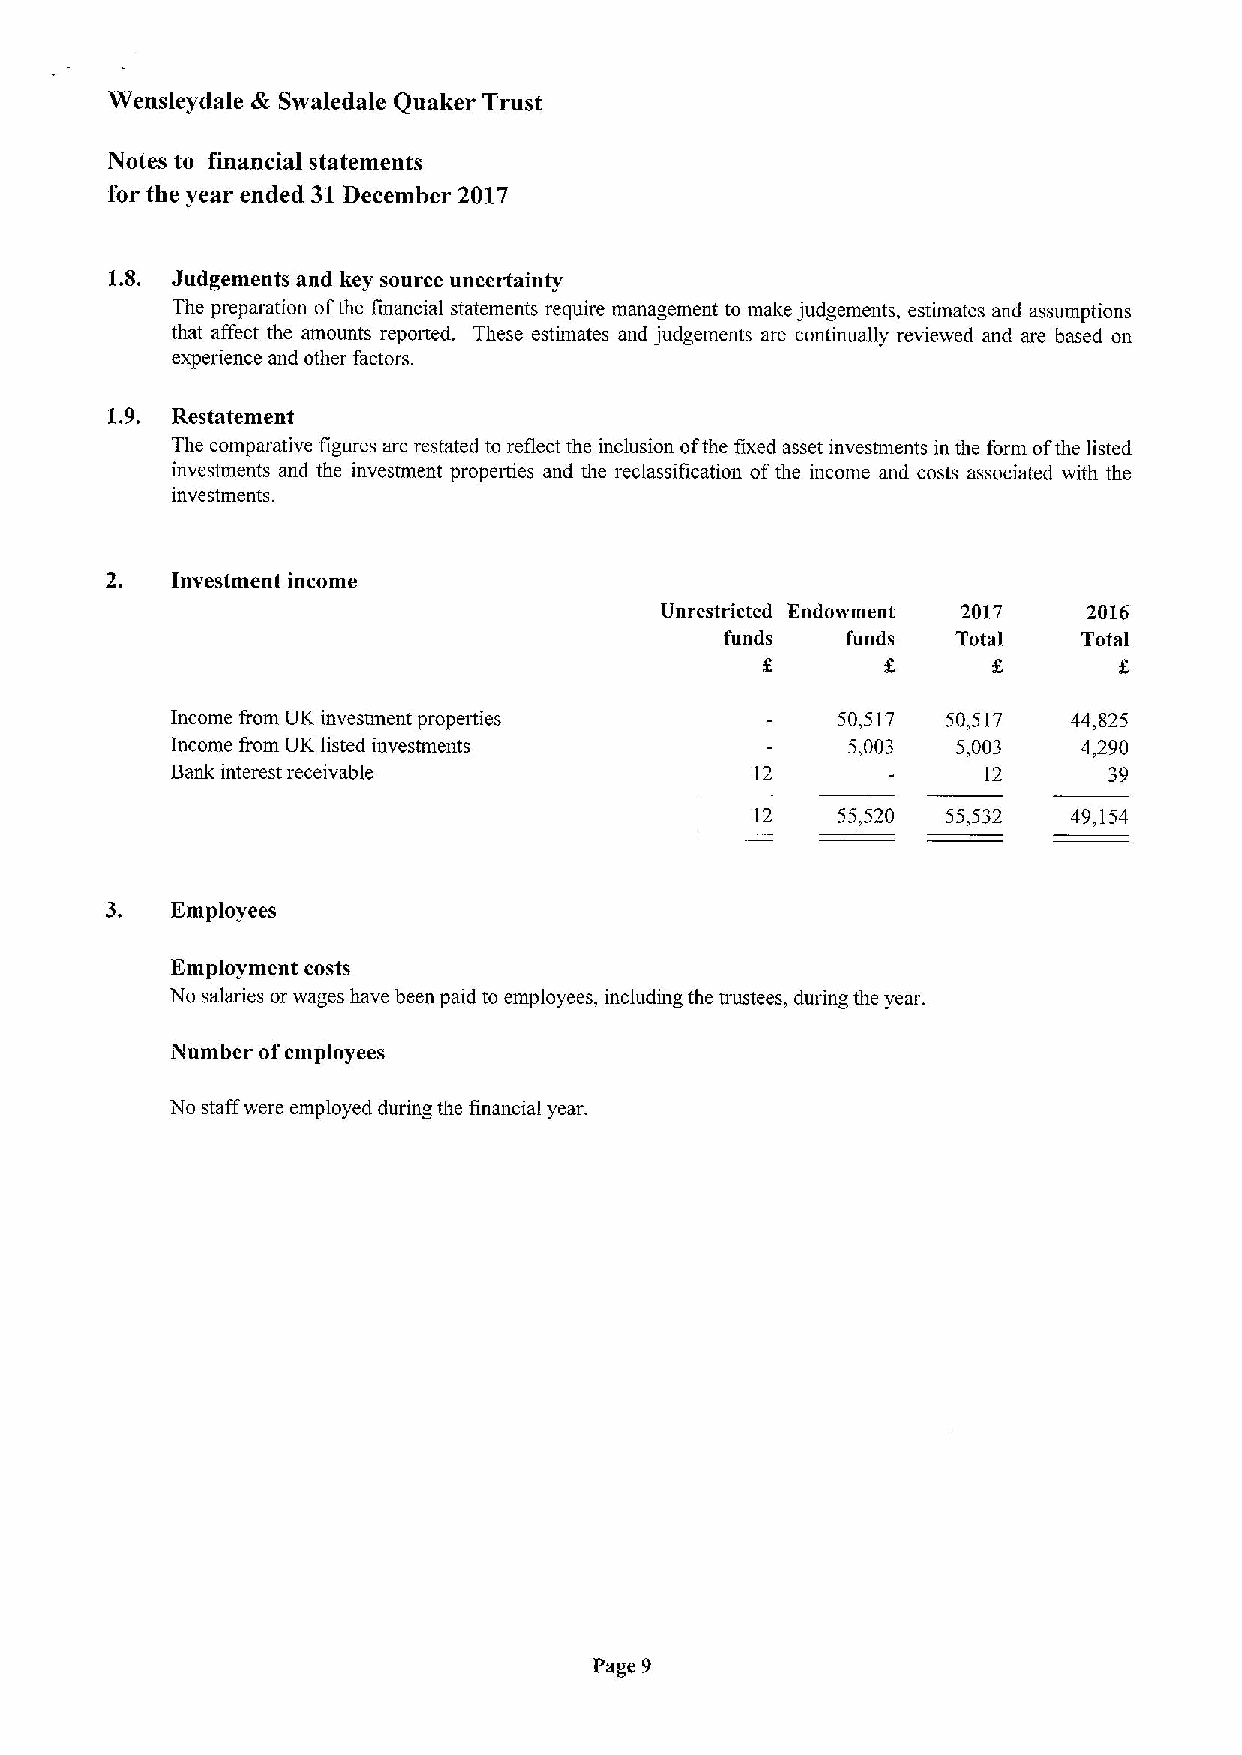
Wensleydale & Swaledale Quaker Trust
 Notes to financial statements
 for the year ended 31December 2017
 1.8. Judgements and key source uncertainty
 The preparation ofthe financial statements require management to make judgements, estimates and assumptions
 that affect the amounts reported. These estimates and judgements are continually reviewed and are based on
 experience and other factors.
 1.9. Restatement
 The comparative figures are restated to reflect the inclusion ofthe fixed asset investments in the form ofthe listed
 investments and the investment properties and the reclassification ofthe income and costs associated with the
 investments.
 2.  Investment income
 Unrestricted Endowment 2017 2016
 funds   funds  Total    Total
 e
 Income from UK investment properties        50,517  50,517  44,825
 Income from UK listed investments            5,003  5,003    4,290
 Bank interest receivable               12             12      39
 12   55,520  55,532  49,154
 3.  Employees
 Employment costs
 No salaries or wages have been paid to employees, including the trustees, during the year.
 Number ofemployees
 No staff were employed during the financial year.
 Page 9